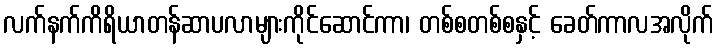
လက်နက်ကိရိယာတန်ဆာပလာများကိုင်ဆောင်ကာ၊ တစ်စတစ်စနှင့် ခေတ်ကာလအလိုက်